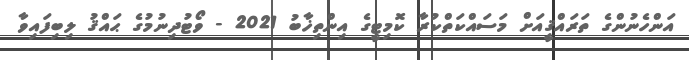
އަންހެނުންގެ ތަރައްޤީއަށް މަސައްކަތްކުރާ ކޮމިޓީގެ އިންތިޚާބު 2021 - ވޯޓުދިނުމުގެ ޙައްޤު ލިބިފައިވާ